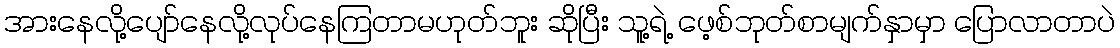
အားနေလို့ပျော်နေလို့လုပ်နေကြတာမဟုတ်ဘူး ဆိုပြီး သူ့ရဲ့ ဖေ့စ်ဘုတ်စာမျက်နှာမှာ ပြောလာတာပဲ